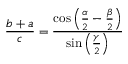
{ \frac { b + a } { c } } = { \frac { \cos \left( { \frac { \alpha } { 2 } } - { \frac { \beta } { 2 } } \right) } { \sin \left( { \frac { \gamma } { 2 } } \right) } }